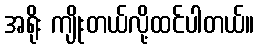
အရိုး ကျိုးတယ်လို့ထင်ပါတယ်။